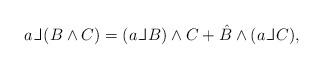
LaTeX: \begin{align*}a {\mathbin{\rm\vphantom{X}\hskip 1.1pt\hskip -0.5pt\_\hskip -0.3em\_\vrule width 0.5pt\hskip 1.7pt}} (B\wedge C) =(a {\mathbin{\rm\vphantom{X}\hskip 1.1pt\hskip -0.5pt\_\hskip -0.3em\_\vrule width 0.5pt\hskip 1.7pt}} B)\wedge C + \hat{B} \wedge (a {\mathbin{\rm\vphantom{X}\hskip 1.1pt\hskip-0.5pt\_\hskip -0.3em\_\vrule width 0.5pt\hskip 1.7pt}} C) ,\end{align*}